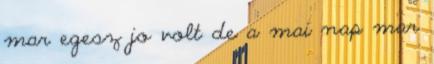
mar egesz jo volt de a mai nap mar